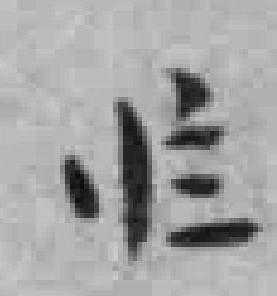
*